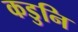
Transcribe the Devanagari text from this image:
कडुनि